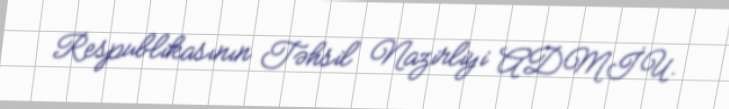
Respublikasının Təhsil Nazirliyi ADMİU.